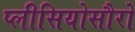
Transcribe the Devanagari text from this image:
प्लीसियोसौरों